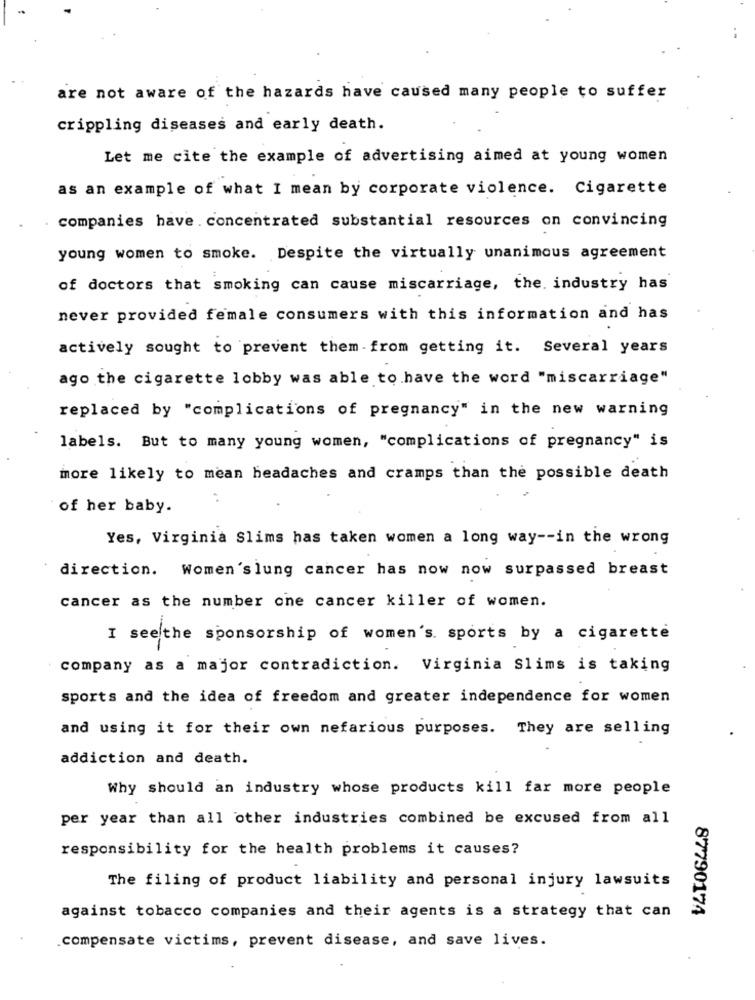
are not aware of the hazards have caused many people to suffer
crippling diseases and early death.
Let me cite the example of advertising aimed at young women
as an example of what I mean by corporate violence. Cigarette
companies have . concentrated substantial resources on convincing
young women to smoke. Despite the virtually unanimous agreement
of doctors that smoking can cause miscarriage, the. industry has
never provided female consumers with this information and has
actively sought to prevent them from getting it. Several years
ago the cigarette lobby was able to have the word "miscarriage"
replaced by "complications of pregnancy" in the new warning
labels. But to many young women, "complications of pregnancy" is
more likely to mean headaches and cramps than the possible death
of her baby.
Yes, Virginia Slims has taken women a long way -- in the wrong
direction. Women'slung cancer has now now surpassed breast
cancer as the number one cancer killer of women.
I see the sponsorship of women's. sports by a cigarette
company as a major contradiction. Virginia Slims is taking
sports and the idea of freedom and greater independence for women
and using it for their own nefarious purposes. They are selling
addiction and death.
Why should an industry whose products kill far more people
per year than all other industries combined be excused from all
responsibility for the health problems it causes?
The filing of product liability and personal injury lawsuits
87790174
against tobacco companies and their agents is a strategy that can
.compensate victims, prevent disease, and save lives.